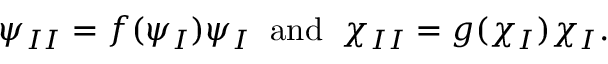
\psi _ { I I } = f ( \psi _ { I } ) \psi _ { I } \; \; \mathrm { a n d } \; \; \chi _ { I I } = g ( \chi _ { I } ) \chi _ { I } .